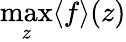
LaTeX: \operatorname*{max}_{z}\langle f\rangle(z)